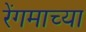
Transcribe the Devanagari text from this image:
रेंगमाच्या